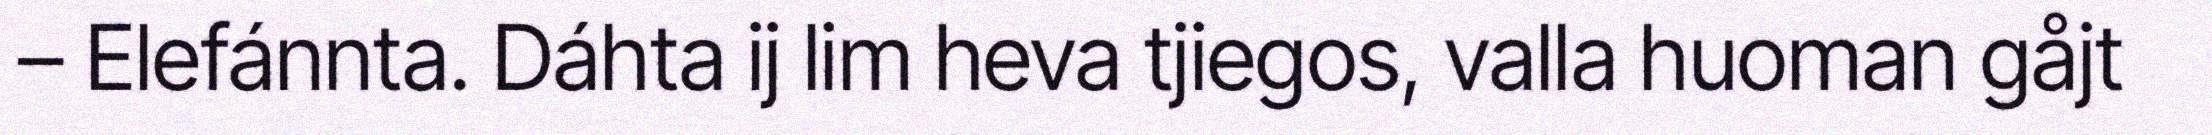
– Elefánnta. Dáhta ij lim heva tjiegos, valla huoman gåjt